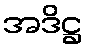
အဒိဋ္ဌ